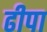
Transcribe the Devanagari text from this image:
ढीपा